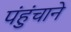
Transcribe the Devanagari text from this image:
पंहुंचाने